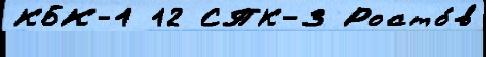
КБК-1 12 СПК-3 Росто́в